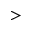
>